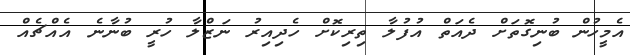
އެމީހުން ބުނިގޮތަށް ދެއަތް އުފުލާ ތިރިކޮށް ހެދިއިރު ނަޒްލާ ހުރީ ބުނާނެ އެއްޗެއް